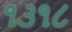
૧૩૧૮